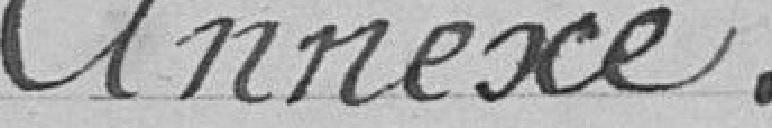
Annexe